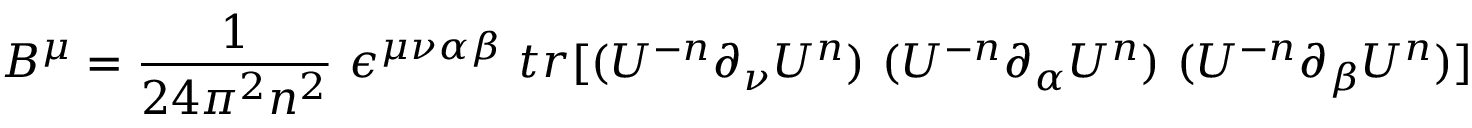
B ^ { \mu } = \frac { 1 } { 2 4 \pi ^ { 2 } n ^ { 2 } } ~ \epsilon ^ { \mu \nu \alpha \beta } ~ t r [ ( U ^ { - n } \partial _ { \nu } U ^ { n } ) ~ ( U ^ { - n } \partial _ { \alpha } U ^ { n } ) ~ ( U ^ { - n } \partial _ { \beta } U ^ { n } ) ]